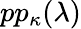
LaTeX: pp_{\kappa}(\lambda)